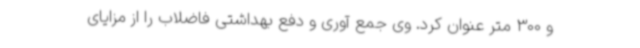
و 300 متر عنوان کرد. وی جمع آوری و دفع بهداشتی فاضلاب را از مزایای